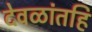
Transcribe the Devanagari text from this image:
देवळांतहि